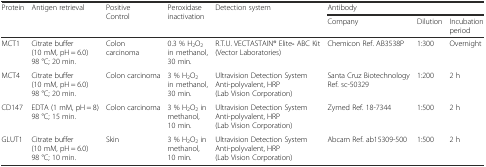
<table><thead><tr><td rowspan="2"><b>Protein</b></td><td rowspan="2"><b>Antigen retrieval</b></td><td rowspan="2"><b>Positive Control</b></td><td rowspan="2"><b>Peroxidase inactivation</b></td><td rowspan="2"><b>Detection system</b></td><td colspan="3"><b>Antibody</b></td></tr><tr><td><b>Company</b></td><td><b>Dilution</b></td><td><b>Incubation period</b></td></tr></thead><tbody><tr><td>MCT1</td><td>Citrate buffer (10 mM, pH = 6.0) 98 °C; 20 min.</td><td>Colon carcinoma</td><td>0.3 % H<sub>2</sub>O<sub>2</sub> in methanol, 30 min.</td><td>R.T.U. VECTASTAIN® Elite<sub>®</sub> ABC Kit (Vector Laboratories)</td><td>Chemicon Ref. AB3538P</td><td>1:300</td><td>Overnight</td></tr><tr><td>MCT4</td><td>Citrate buffer (10 mM, pH = 6.0) 98 °C; 20 min.</td><td>Colon carcinoma</td><td>3 % H<sub>2</sub>O<sub>2</sub> in methanol, 30 min.</td><td>Ultravision Detection System Anti-polyvalent, HRP (Lab Vision Corporation)</td><td>Santa Cruz Biotechnology Ref. sc-50329</td><td>1:200</td><td>2 h</td></tr><tr><td>CD147</td><td>EDTA (1 mM, pH = 8) 98 °C; 15 min.</td><td>Colon carcinoma</td><td>3 % H<sub>2</sub>O<sub>2</sub> in methanol, 10 min.</td><td>Ultravision Detection System Anti-polyvalent, HRP (Lab Vision Corporation)</td><td>Zymed Ref. 18-7344</td><td>1:500</td><td>2 h</td></tr><tr><td>GLUT1</td><td>Citrate buffer (10 mM, pH = 6.0) 98 °C; 10 min.</td><td>Skin</td><td>3 % H<sub>2</sub>O<sub>2</sub> in methanol, 10 min.</td><td>Ultravision Detection System Anti-polyvalent, HRP (Lab Vision Corporation)</td><td>Abcam Ref. ab15309-500</td><td>1:500</td><td>2 h</td></tr></tbody></table>